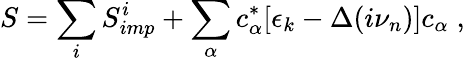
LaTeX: S=\sum_{i}S_{imp}^{i}+\sum_{\alpha}c_{\alpha}^{*}[\epsilon_{k}-\Delta(i\nu_{n})]c_{\alpha}\; ,